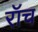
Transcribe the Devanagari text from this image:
रॉच